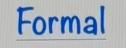
Formal